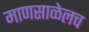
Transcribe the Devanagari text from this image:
माणसाळेलच